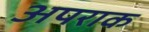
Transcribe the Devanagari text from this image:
अपराक